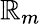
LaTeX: \mathbb{R}_{m}